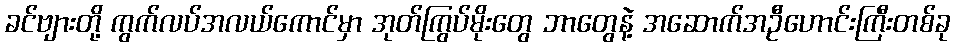
ခင်ဗျားတို့ ကွက်လပ်အလယ်ကောင်မှာ အုတ်ကြွပ်မိုးတွေ ဘာတွေနဲ့ အဆောက်အဦဟောင်းကြီးတစ်ခု